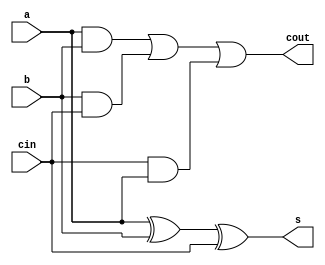
module fa
(input a,b,cin,
output s,cout
);

wire c1,c2,c3;
xor g1(s,a,b,cin);

and g2(c1,a,b),
	g3(c2,b,cin),
	g4(c3,cin,a);

or g5(cout,c1,c2,c3);
	
endmodule

module fbas
(input k,a0,a1,a2,a3,b0,b1,b2,b3,output s0,s1,s2,s3,cout);

wire xb0,xb1,xb2,xb3,c0,c1,c2;

xor g1(xb0,k,b0),
	g2(xb1,k,b1),
	g3(xb2,k,b2),
	g4(xb3,k,b3);

fa f1(a0,xb0,k,s0,c0),
	f2(a1,xb1,c0,s1,c1),
	f3(a2,xb2,c1,s2,c2),
	f4(a3,xb3,c2,s3,cout);
	
endmodule

module fbas_tb;

reg k,a0,a1,a2,a3,b0,b1,b2,b3;
wire s0,s1,s2,s3,cout;
integer fd;

fbas f1(k,a0,a1,a2,a3,b0,b1,b2,b3,s0,s1,s2,s3,cout);
reg [4:0] cnt1,cnt2;

initial
begin
	for(cnt1 = 0;cnt1<16;cnt1 = cnt1 + 1)
	begin
		for(cnt2 = 0;cnt2<16;cnt2 = cnt2 + 1)
		begin
		{a3,a2,a1,a0} = cnt1;
		{b3,b2,b1,b0} = cnt2;
		k = 0;
		#10;
		k = 1;
		#10;
		end
	end
end

initial 
begin
	fd = $fopen("fbas_out.txt");
	$fmonitor (fd,$time," a3=%b a2=%b a1=%b a0=%b b3=%b b2=%b b1=%b b0=%b s3=%b s2=%b s1=%b s0=%b cout=%b",a3,a2,a1,a0,b3,b2,b1,b0,s3,s2,s1,s0,cout);
end

endmodule